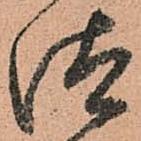
汰